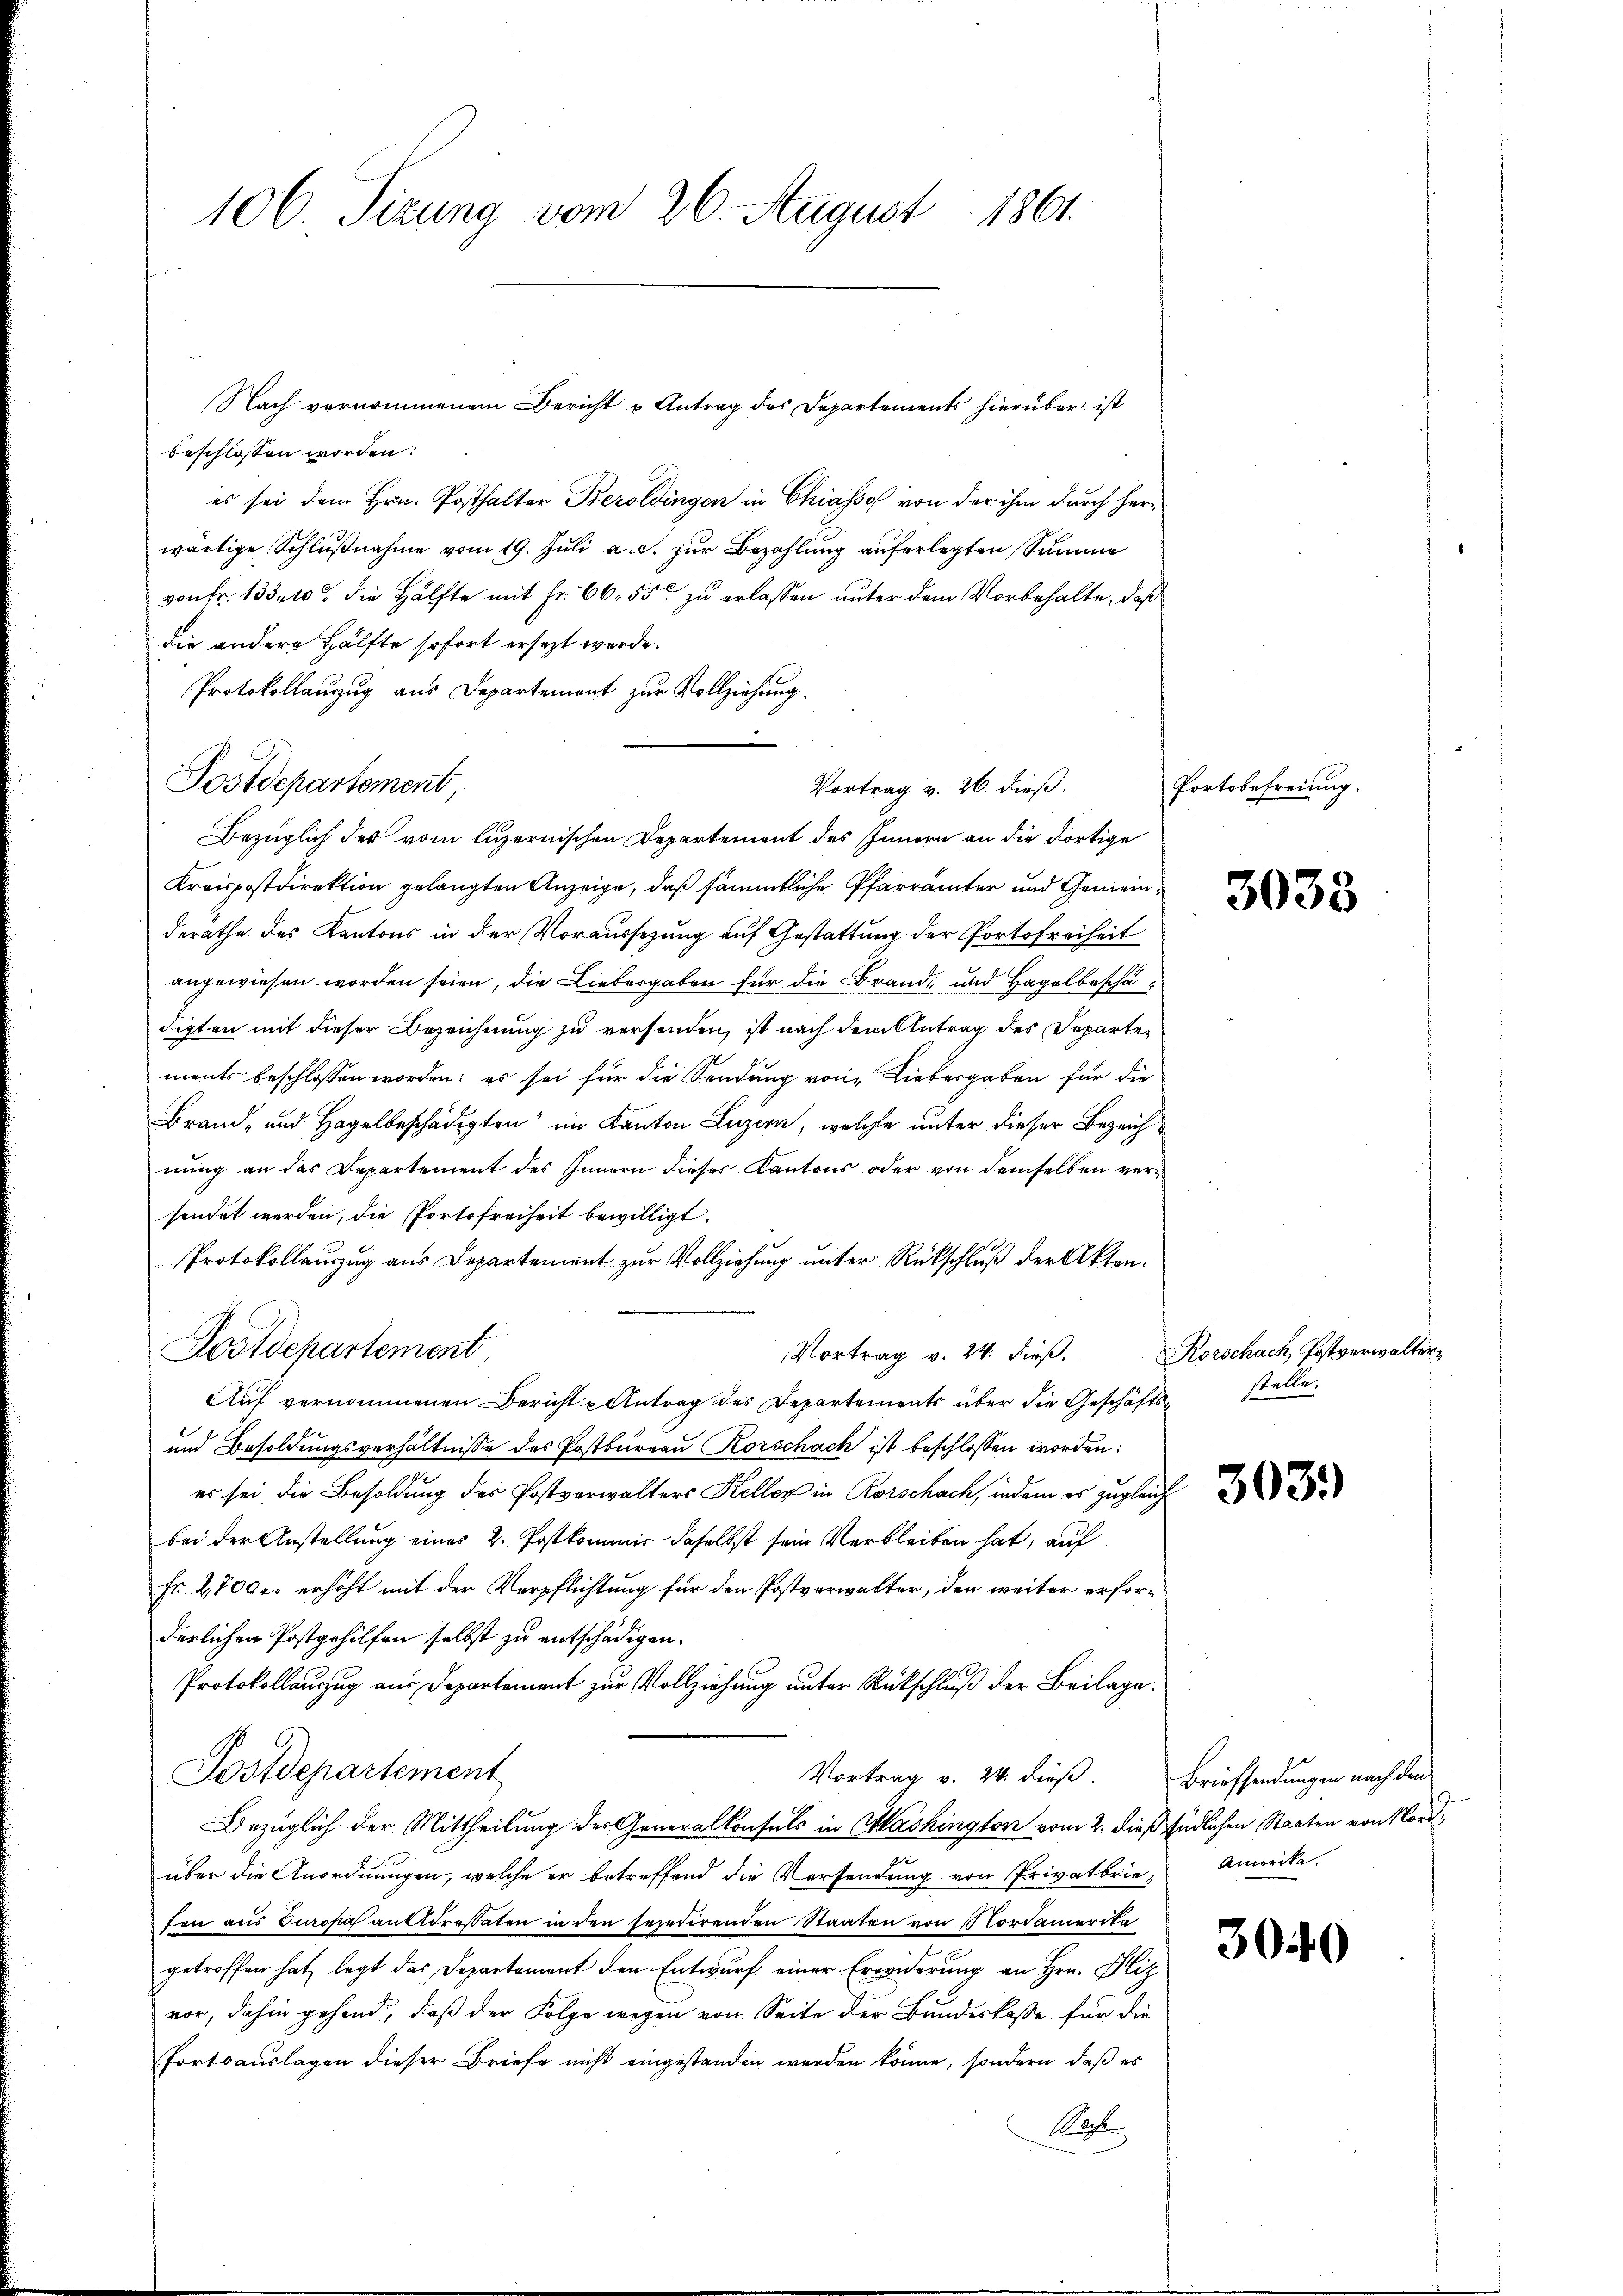
106. Fezung vom 26. August 1861.

beschlossen worden:
es sei dem Hrn. Posthalter Beroldingen in Chiasso von der ihm durch Herwärtige Schlŭβnahme vom 19. Jŭli a. c. zŭr Bezahlŭng auferlegten Summe
von Fr. 133, 10 die Hälfte mit Fr. 66. 55 zu erlassen unter dem Vorbehalte, daß
die andere Hälfte sofort ersezt werde.
Protokollauszug aus Departement zur Vollziehung.
Bezüglich des vom luzernischen Departement des Innern an die dortige
Kreispostdirektion gelangten Anzeige, daß sämmtliche Pfarrämter und Gemeinderathe des Kantons in der Voraussezung auf Gestattung der Portofreiheit
angewiesen worden seien, die Liebergaben für die Brand, und Hagelbeschädigten mit dieser Bezeichnung zu versenden, ist nach dem Antrag des Separten
ments beschlossen worden; es sei für die Sendung von Liebergaben für die
Brand- und Hagelbeschädigten im Kanton Luzern, welche unter dieser Bezeichnung an das Departement des Innern dieses Kantons oder von demselben versendet werden, die Portofreiheit bewilligt.
Protokollauszug aus Departement zur Vollziehŭng ŭnter Rückschluß der Akten.
Dostdepartement
Vortrag v. 24. dieß.
Auf vernommenen Bericht u Antrag des Departements über die Geschäftsstelle.
und Besoldungsverhältnisse des Postbureau Korschach ist beschlossen worden:
es sei die Besoldung des Postverwalters Keller in Rorschach, indem es zugleich
bei der Anstellung eines 2. Postkommis daselbst sein Verbleiben hat, auf
Fr. 27000. erhöht mit der Verpflichtung für den Postverwalter, den weiter erforderlichen Postgehilfen selbst zu entschädigen.
Protokollauszug aus Departement zur Vollziehung unter Rückschluß der Beilage.
Postdepartement
Vortrag v. 24. dieß. Briefsendungen nach den
Bezüglich der Mittheilung der Generalkonsuls in Washington vom 2. dieß südlichen Staaten von Nordüber die Anordnungen, welche er betreffend die Versendung von Privatbrieten aus Suropa andressaten in den sezedirenden Staaten von Nordamerita
getroffen hat, legt das Departement den Entwurf einer Erwiderung an Hrn. Fliz
vor, dahin gehend, daß der Folge wegen von Seite der Bundeskasse für die
fortoauslagen dieser Briefe nicht eingestanden werden könne, sondern, daß es
Prof.

Postdepartement

Nach vernommenem Bericht u Antrag des Departements hierüber ist

Vortrag v. 26. dieß.

Portobefreiung.

3033

Korschach, Postverwalter

303.)

Amerika.

3040